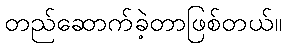
တည်ဆောက်ခဲ့တာဖြစ်တယ်။